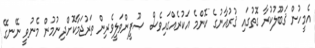
އެމީހުން ޤަބޫލުކުރާ ގޮތުގައި ޤުރުއާނުގެ ކޮންމެ އަކުރެއްގައިވެސް ޞޫފީންވަލީވެރިން ތަރުޖަމާކޮށްދިނުމުން މެނުވީ ނޭނގޭ